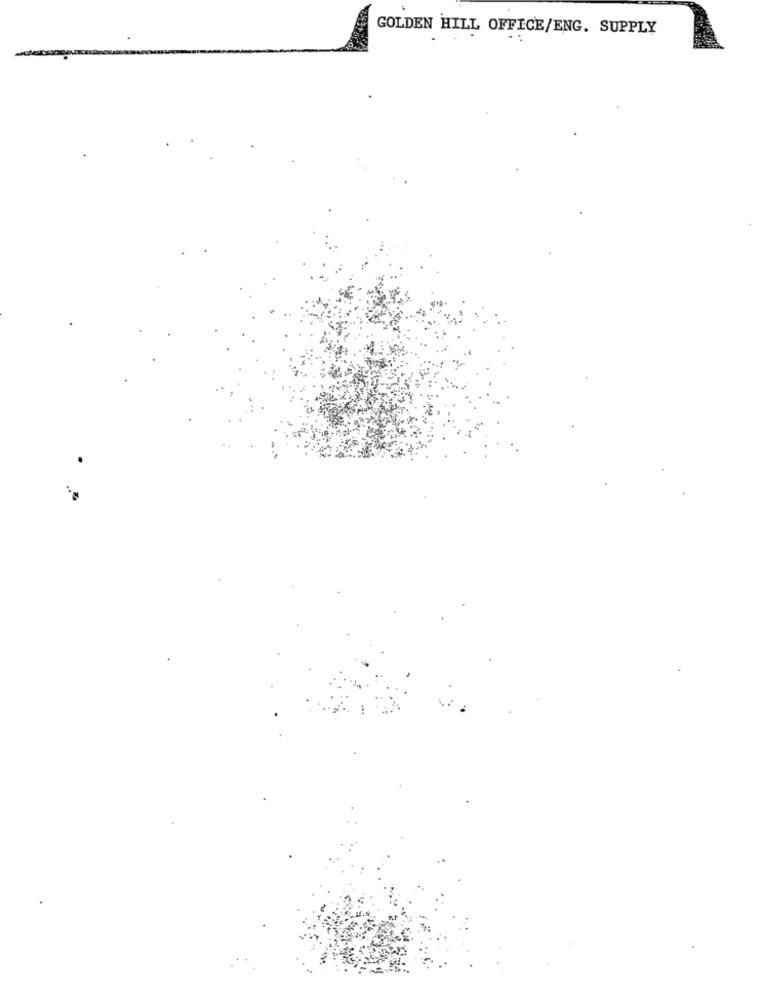
GOLDEN HILL OFFICE/ENG. SUPPLY